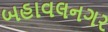
બહાવલનગર